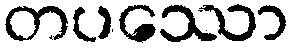
တပဿော